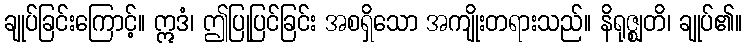
ချုပ်ခြင်းကြောင့်။ ဣဒံ၊ ဤပြုပြင်ခြင်း အစရှိသော အကျိုးတရားသည်။ နိရုဇ္ဈတိ၊ ချုပ်၏။